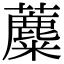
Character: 蘪